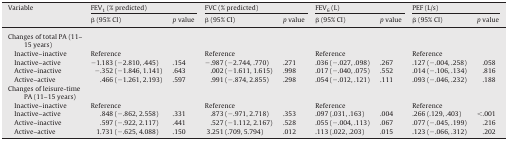
| <ROWSPAN=2> Variable | <COLSPAN=2> FEV1 (% predicted) | <COLSPAN=2> FVC (% predicted) | <COLSPAN=2> FEV6 (L) | <COLSPAN=2> PEF (L/s) |
 | β (95% CI) | p value | β (95% CI) | p value | β (95% CI) | p value | β (95% CI) | p value |
 | --- | --- | --- | --- | --- | --- | --- | --- | --- |
 | Changes of total PA (11–15 years) |  |  |  |  |  |  |  |  |
 | Inactive–inactive | Reference |  | Reference |  | Reference |  | Reference |  |
 | Inactive–active | −1.183 (−2.810, .445) | .154 | −.987 (−2.744, .770) | .271 | .036 (−.027, .098) | .267 | .127 (−.004, .258) | .058 |
 | Active–inactive | −.352 (−1.846, 1.141) | .643 | .002 (−1.611, 1.615) | .998 | .017 (−.040, .075) | .552 | .014 (−.106, .134) | .816 |
 | Active–active | .466 (−1.261, 2.193) | .597 | .991 (−.874, 2.855) | .298 | .054 (−.012, .121) | .111 | .093 (−.046, .232) | .188 |
 | Changes of leisure-time PA (11–15 years) |  |  |  |  |  |  |  |  |
 | Inactive–inactive | Reference |  | Reference |  | Reference |  | Reference |  |
 | Inactive–active | .848 (−.862, 2.558) | .331 | .873 (−.971, 2.718) | .353 | .097 (.031, .163) | .004 | .266 (.129, .403) | <.001 |
 | Active–inactive | .597 (−.922, 2.117) | .441 | .527 (−1.112, 2.167) | .528 | .055 (−.004, .113) | .067 | .077 (−.045, .199) | .216 |
 | Active–active | 1.731 (−.625, 4.088) | .150 | 3.251 (.709, 5.794) | .012 | .113 (.022, .203) | .015 | .123 (−.066, .312) | .202 |